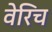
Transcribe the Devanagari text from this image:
वेरिच